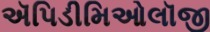
ઍપિડીમિઓલૉજી